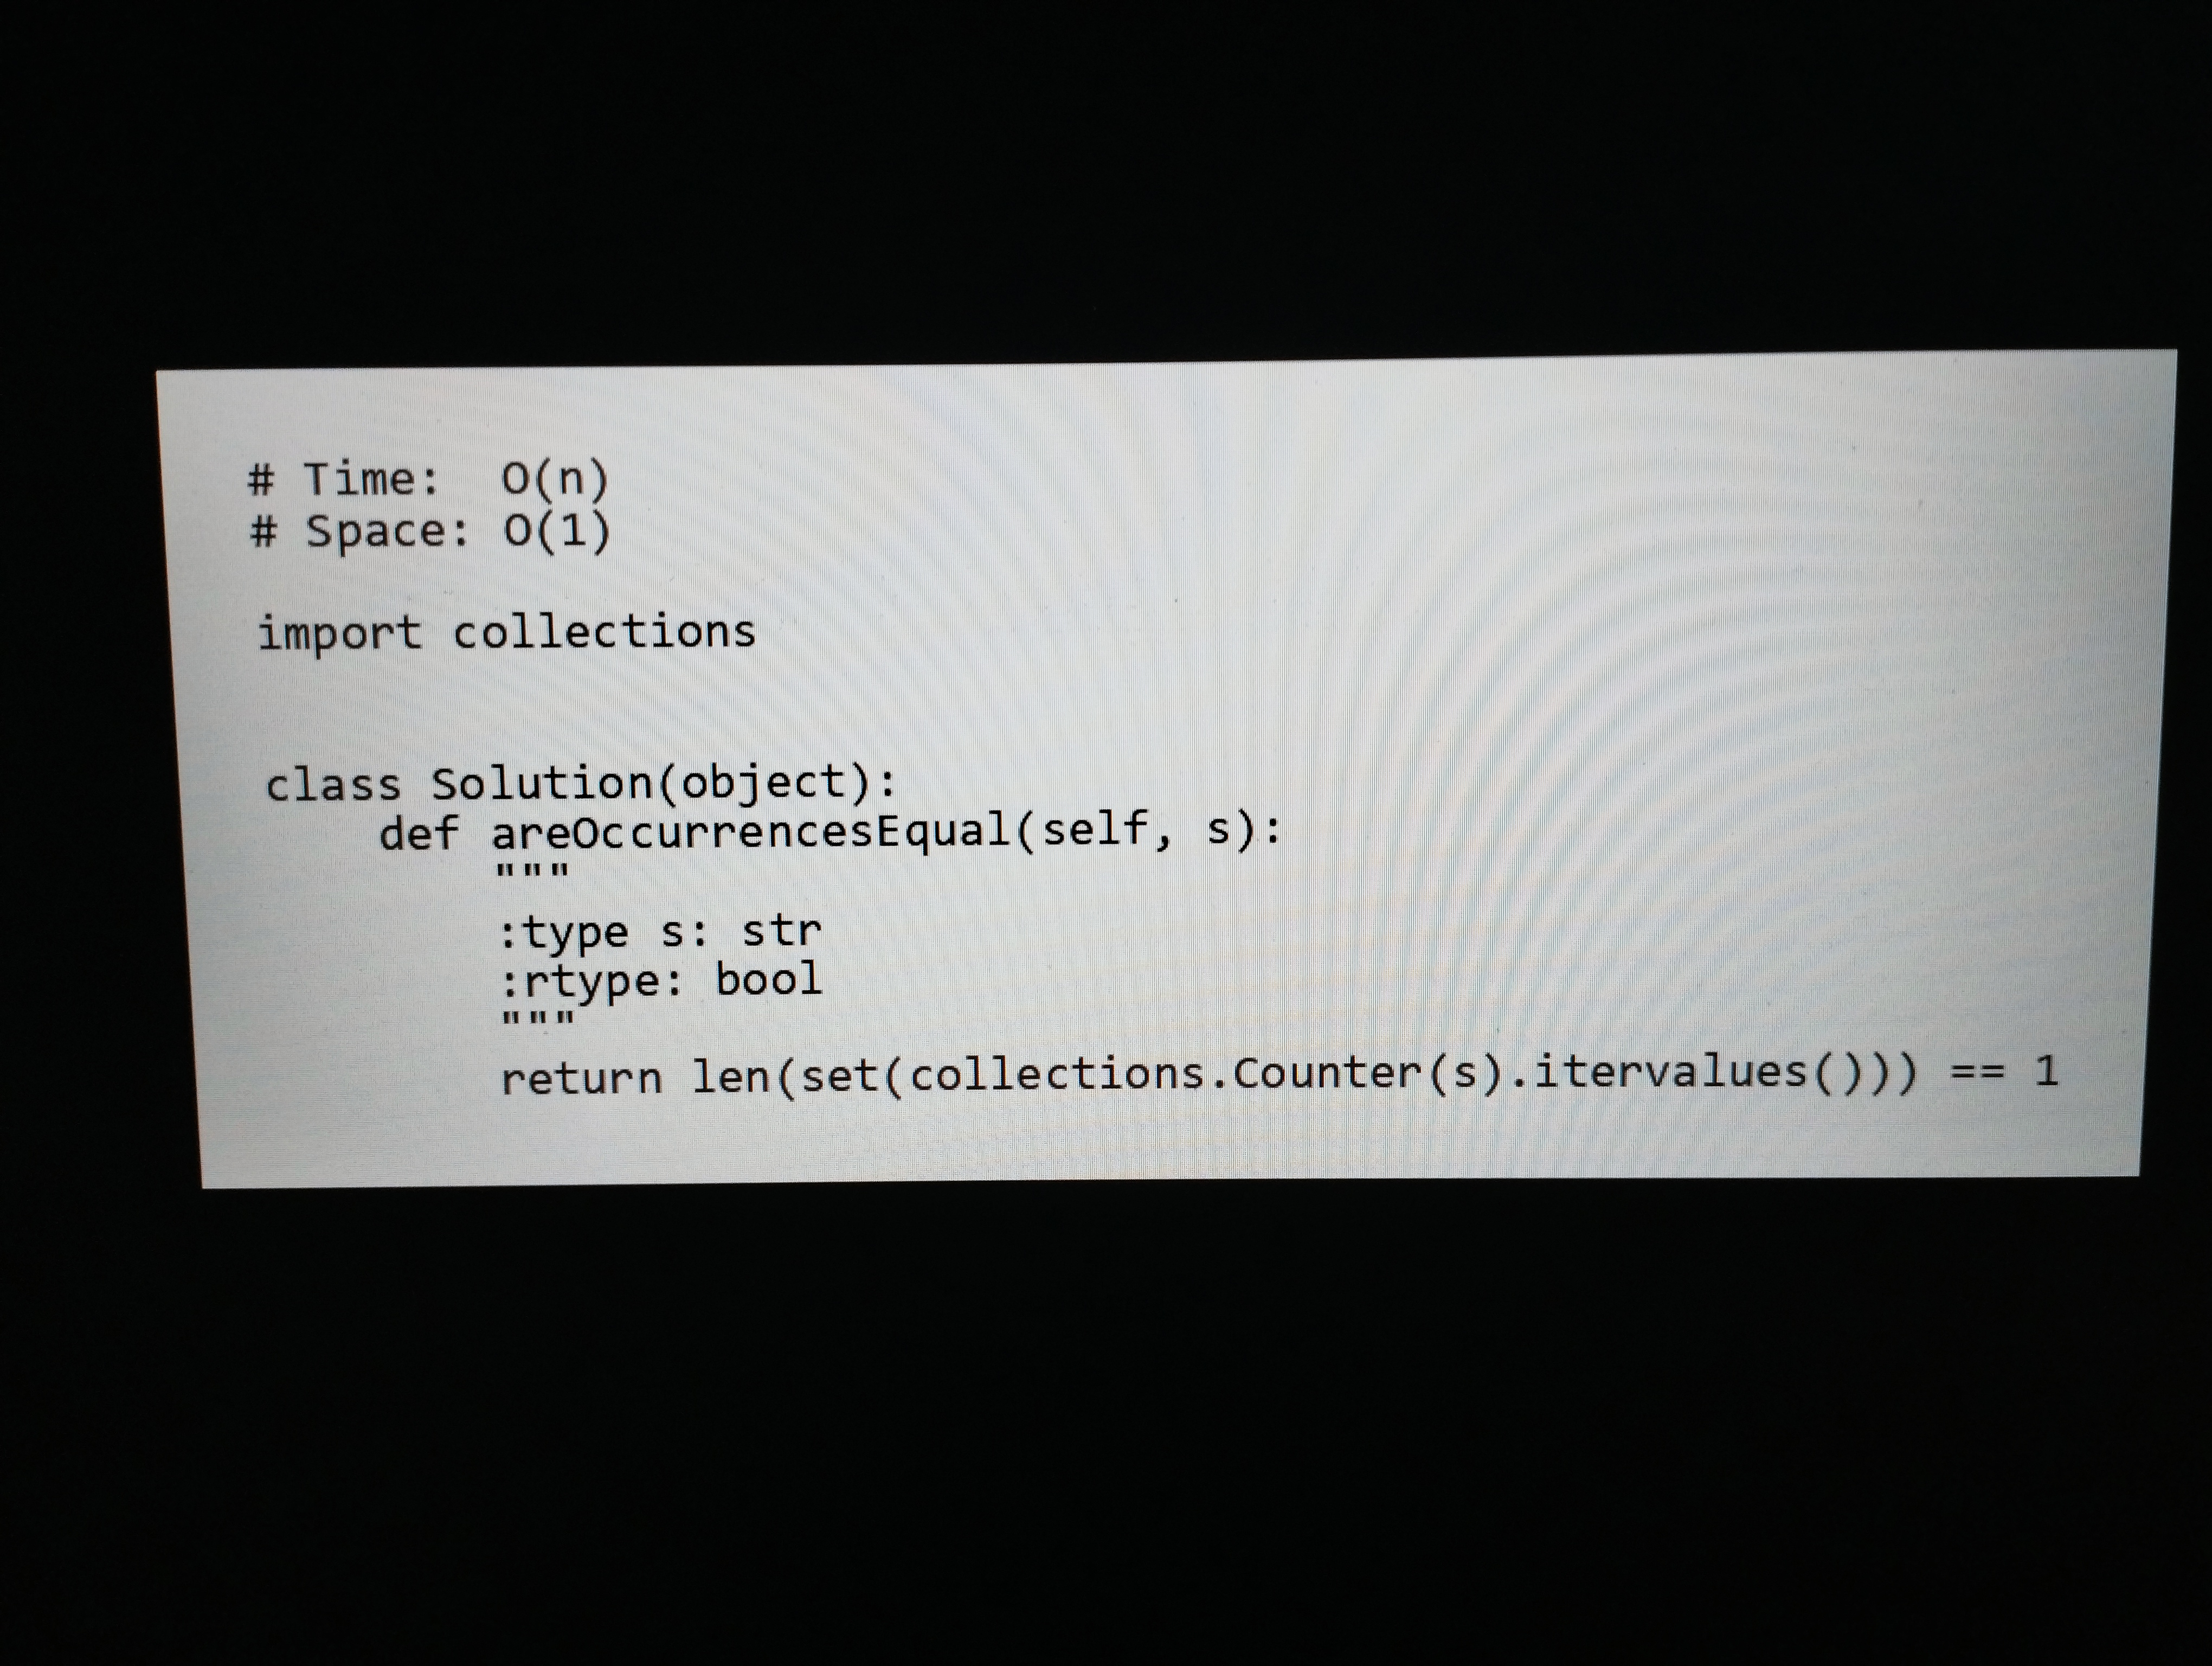
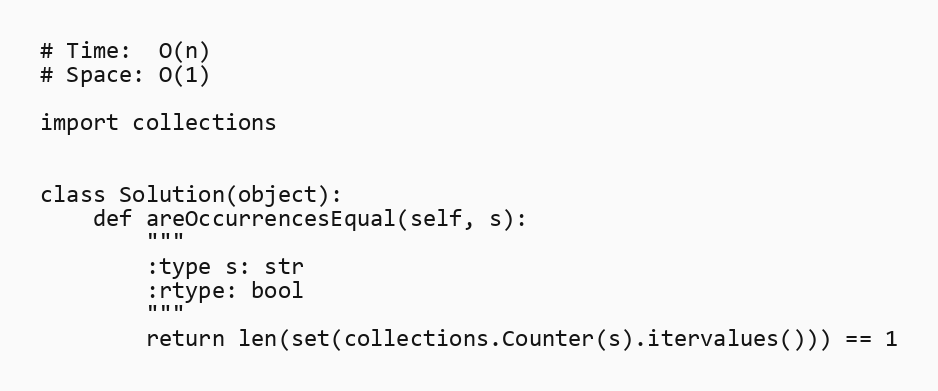
# Time:  O(n)
# Space: O(1)

import collections

class Solution(object):
    def areOccurrencesEqual(self, s):
        """
        :type s: str
        :rtype: bool
        """
        return len(set(collections.Counter(s).itervalues())) == 1